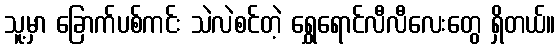
သူ့မှာ ခြောက်ပစ်ကင်း သဲလဲစင်တဲ့ ရွှေရောင်လီလီလေးတွေ ရှိတယ်။